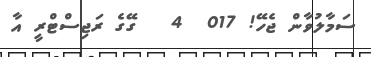
ސަމާލުވާން ޖެހޭ! 017  4   ގޭގެ ރަޖިސްޓްރީ އާ